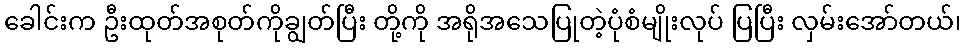
ခေါင်းက ဦးထုတ်အစုတ်ကိုချွတ်ပြီး တို့ကို အရိုအသေပြုတဲ့ပုံစံမျိုးလုပ် ပြပြီး လှမ်းအော်တယ်၊